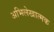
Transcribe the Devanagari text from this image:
अभिलेखात्मक